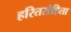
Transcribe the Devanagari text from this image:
हरितसंहिता